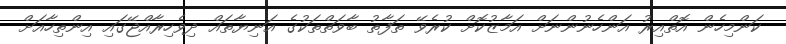
ކަންމިހެން އޮތްއިރު އަންހެނުންނަށް އަމާޒުކޮށް ކުރެވޭ ތަފާތު ބާވަތްތަކުގެ އަނިޔާތައް ދިވެހިރާއްޖޭގައި އިންތިހާއަށް